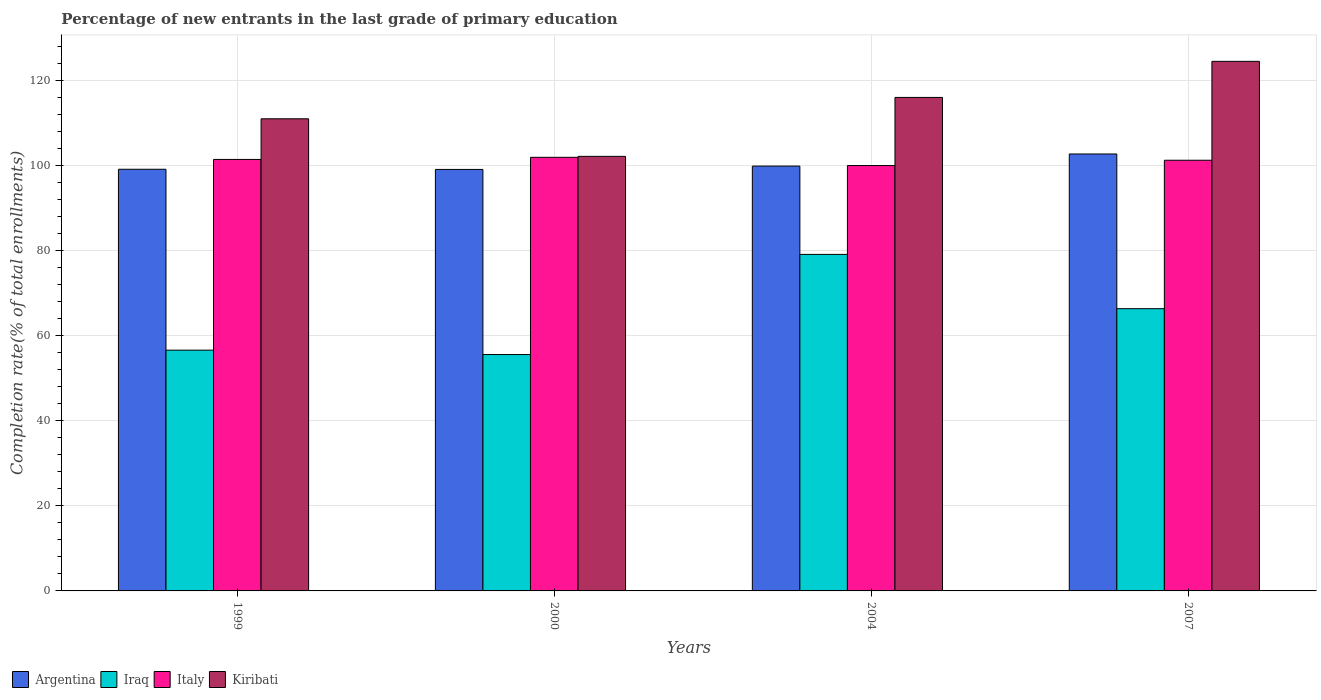
| Years | Argentina | Iraq | Italy | Kiribati |
 | --- | --- | --- | --- | --- |
 | 1999 | 99.1 | 56.6 | 101 | 111 |
 | 2000 | 99 | 55.5 | 102 | 102 |
 | 2004 | 99.8 | 79.1 | 100 | 116 |
 | 2007 | 103 | 66.3 | 101 | 124 |